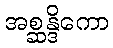
အစ္ဆန္ဒိကော